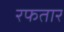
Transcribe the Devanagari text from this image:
रफतार